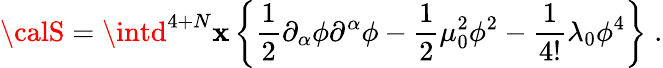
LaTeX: {\calS}=\intd^{4+N}\mathbf{x}\left\{ \frac{{1}}{{2}}\partial_{\alpha}\phi\partial^{\alpha}\phi-\frac{{1}}{{2}}\mu_{0}^{2}\phi^{2}-\frac{{1}}{{4!}}\lambda_{0}\phi^{4}\right\} \; .